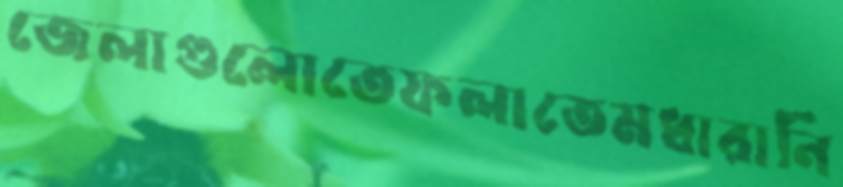
জেলাগুলোতেফলাতেমধারানি